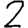
Digit: 2